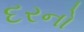
દરનો